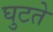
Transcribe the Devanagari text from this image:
घुटते